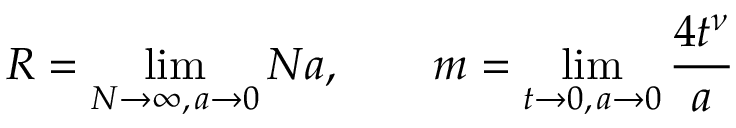
R = \operatorname * { l i m } _ { N \to \infty , \, a \to 0 } N a , \qquad m = \operatorname * { l i m } _ { t \to 0 , \, a \to 0 } \frac { 4 t ^ { \nu } } { a }